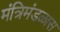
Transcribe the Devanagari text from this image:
मंत्रिमंडळास